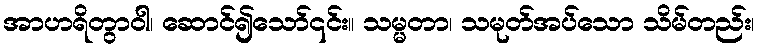
အာဟရိတွာဝါ၊ ဆောင်၍သော်၎င်း။ သမ္မတာ၊ သမုတ်အပ်သော သိမ်တည်း၊